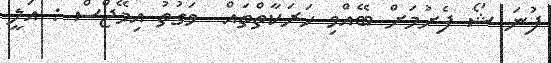
ފުނަ ޝޯ ފެށުމަށް ބޭއްވި ހަރަކާތްތައް  ވަގުތު އިމޭޖްސް : އަލީ